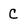
Character: C